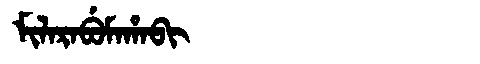
Manchu: ᠮᡳᠯᠠᡵᠠᠪᡠᠮᠠᡥᠠᠪᡳ
Romanization: MILARABUMAHABI